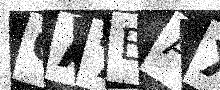
Text: 6A7EAX